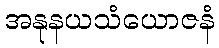
အနုနယသံယောဇနံ